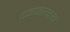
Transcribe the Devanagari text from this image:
ध्वजाश्रय